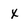
Character: x